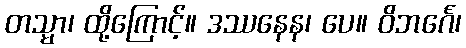
တသ္မာ၊ ထို့ကြောင့်။ ဒဿနေန၊ ပေ။ ဝိဘင်္ဂေ၊